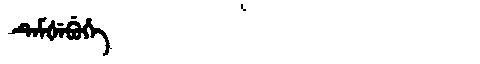
Manchu: ᡨᡝᠮᡧᡝᠪᡠᡥᡝ
Romanization: TEMŠEBUHE